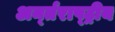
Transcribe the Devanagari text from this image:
अर्न्‍तराष्‍ट्रीय